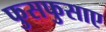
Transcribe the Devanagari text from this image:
फुसफुसाए